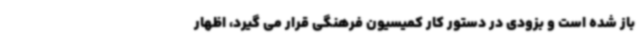
باز شده است و بزودی در دستور کار کمیسیون فرهنگی قرار می گیرد، اظهار